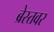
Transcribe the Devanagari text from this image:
ब्रेस्तवर